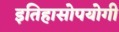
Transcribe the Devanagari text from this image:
इतिहासोपयोगी